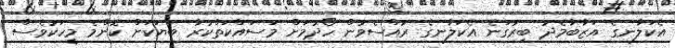
އެކަލާނގެ އަޒާބާމެދު ބިރުގަނެ އެކަލާނގެ ރުއްސެވުން ހޯދުމަށް މަސައްކަތްކުރާ ބަޔަކަށް ކޮންމެ މީހަކުވެސް